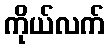
ကိုယ်လက်